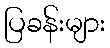
ပြခန်းများ